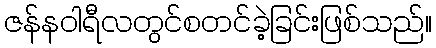
ဇန်နဝါရီလတွင်စတင်ခဲ့ခြင်းဖြစ်သည်။